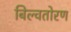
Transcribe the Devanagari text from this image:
बिल्वतोरण